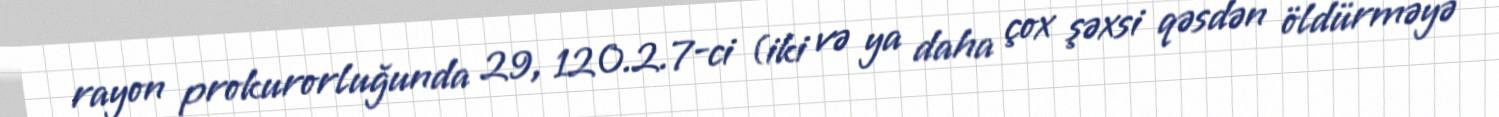
rayon prokurorluğunda 29, 120.2.7-ci (iki və ya daha çox şəxsi qəsdən öldürməyə